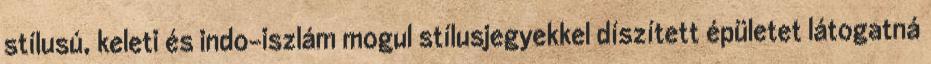
stílusú, keleti és indo-iszlám mogul stílusjegyekkel díszített épületet látogatná